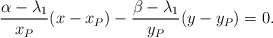
\begin{align*}\frac{\alpha-\lambda_1}{x_P}(x-x_P)- \frac{\beta-\lambda_1}{y_P}(y-y_P)=0.\end{align*}